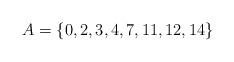
LaTeX: \begin{align*}A = \{0, 2, 3, 4, 7, 11, 12, 14\}\end{align*}